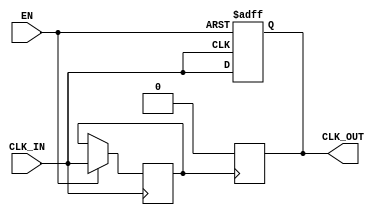
module clock_buffer (
    input wire CLK_IN,  // Input clock signal
    input wire EN,      // Enable signal
    output reg CLK_OUT   // Buffered clock output
);

// Parameters for propagation delay and rise/fall times
parameter PROP_DELAY_MIN = 1; // Minimum propagation delay in ns
parameter PROP_DELAY_MAX = 2; // Maximum propagation delay in ns
parameter RISE_TIME = 1; // Rise time in ns
parameter FALL_TIME = 1; // Fall time in ns

// Internal signal for delayed clock
reg CLK_IN_delayed;

// Clock buffer functionality
always @(posedge CLK_IN or negedge EN) begin
    if (!EN) begin
        // When disabled, set output to low or tri-state
        CLK_OUT <= 1'b0; // or use high impedance state (if supported)
    end else begin
        // Buffer the clock signal with propagation delay
        #PROP_DELAY_MIN CLK_IN_delayed = CLK_IN;
        #RISE_TIME CLK_OUT <= CLK_IN_delayed; // Handle rise time
    end
end

always @(negedge CLK_IN_delayed) begin
    // Handle fall time
    #FALL_TIME CLK_OUT <= 1'b0;
end

endmodule